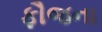
ફૌજના